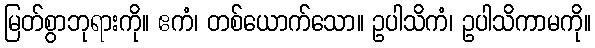
မြတ်စွာဘုရားကို။ ဧကံ၊ တစ်ယောက်သော။ ဥပါသိကံ၊ ဥပါသိကာမကို။